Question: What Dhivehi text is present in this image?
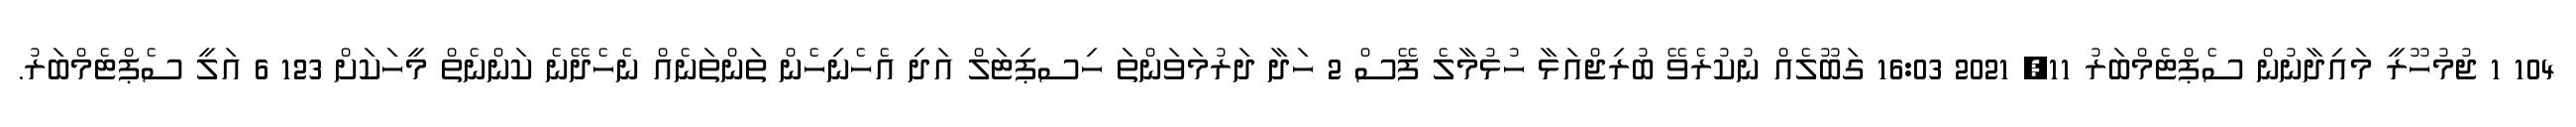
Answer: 104 1 ޖުމުހޫރީ މައިދާނުން ސެޕްޓެމްބަރު 11, 2021 16:03 ގަބޫލެއް ނުކުރެވޭ ބުރިޖްއަޅާ ހުޅުމާލެ ފޭސް 2 ހަދާ ދަރުމަވަންތަ ހިސޕިޓަލް އަދި އެހެނިހެން ތަންތަނެއް ނެހެދޭނެ ކަންނެތް މީހަކަށް 123 6 އަލީ ސެޕްޓެމްބަރު.